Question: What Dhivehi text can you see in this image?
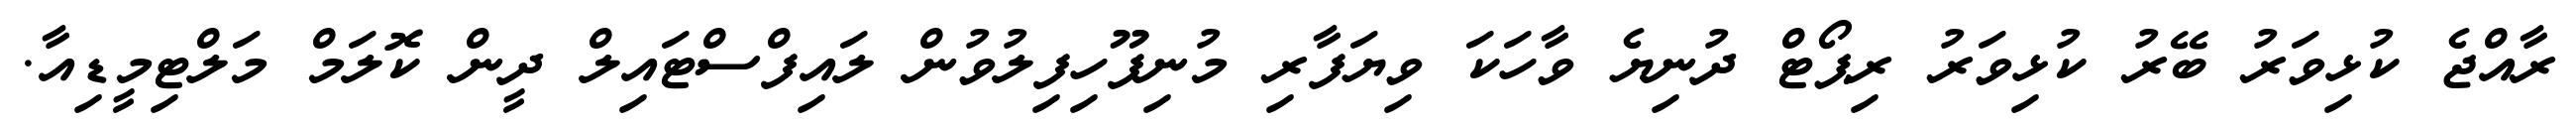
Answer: ރާއްޖެ ކުޅިވަރު ބޭރު ކުޅިވަރު ރިޕޯޓް ދުނިޔެ ވާހަކަ ވިޔަފާރި މުނިފޫހިފިލުވުން ލައިފްސްޓައިލް ދީން ކޮލަމް މަލްޓިމީޑިއާ.